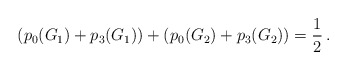
\begin{align*}\left(p_0(G_1)+p_3(G_1)\right)+\left(p_0(G_2)+p_3(G_2)\right)=\frac{1}{2} \,.\end{align*}